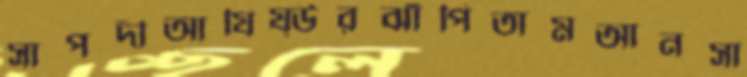
সাপদীআযিয্উরঝাঁপিতামআনসা